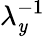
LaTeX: \lambda_{\mathit{y}}^{-1}